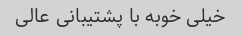
خیلی خوبه با پشتیبانی عالی